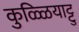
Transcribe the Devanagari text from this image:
कुळ्ळियाट्टु